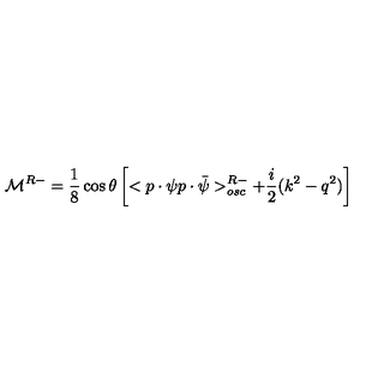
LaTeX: { \cal M } ^ { R - } = \frac 1 8 \cos \theta \left[ < p \cdot \psi p \cdot \bar { \psi } > _ { o s c } ^ { R - } + \frac i 2 ( k ^ { 2 } - q ^ { 2 } ) \right]